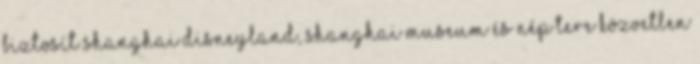
biztosít Shanghai Disneyland, Shanghai Museum és Nép tere közvetlen